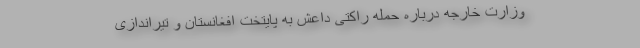
وزارت خارجه درباره حمله راکتی داعش به پایتخت افغانستان و تیراندازی